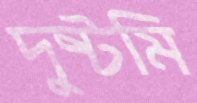
দুষ্টমি